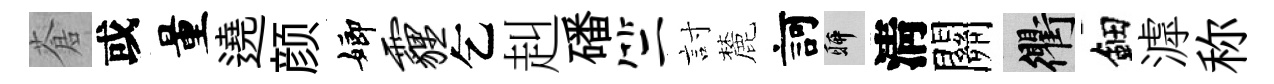
蒼或量遶颜嫏霾乞赳磻竺討麓訶聊淸關衢鈿滹称